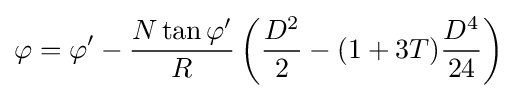
\varphi =\varphi '-{\frac {N\tan \varphi '}{R}}\left({\frac {D^{2}}{2}}-(1+3T){\frac {D^{4}}{24}}\right)